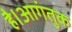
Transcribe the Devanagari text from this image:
है।आगंतुक